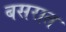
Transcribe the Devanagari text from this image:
बसरात